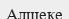
Алшеке